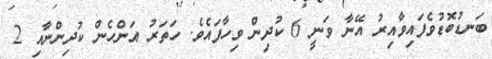
ބަނޑުބޮޑުވެފައިވާއިރު އޭނާ ވަނީ 6 ކުދިން ވިހާފައެވެ. ހަތަރު އަންހެން ކުދިންނާއި 2